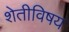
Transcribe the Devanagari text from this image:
शेतीविषय